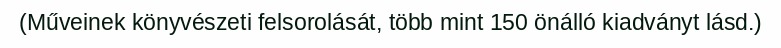
(Műveinek könyvészeti felsorolását, több mint 150 önálló kiadványt lásd.)